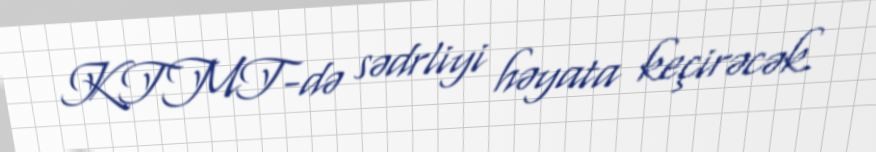
KTMT-də sədrliyi həyata keçirəcək.